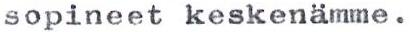
sopineet keskenämme.